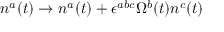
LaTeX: n ^ { a } ( t ) \rightarrow n ^ { a } ( t ) + \epsilon ^ { a b c } \Omega ^ { b } ( t ) n ^ { c } ( t )